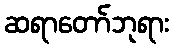
ဆရာတော်ဘုရား